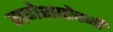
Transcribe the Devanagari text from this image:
गणेशाऐवजी